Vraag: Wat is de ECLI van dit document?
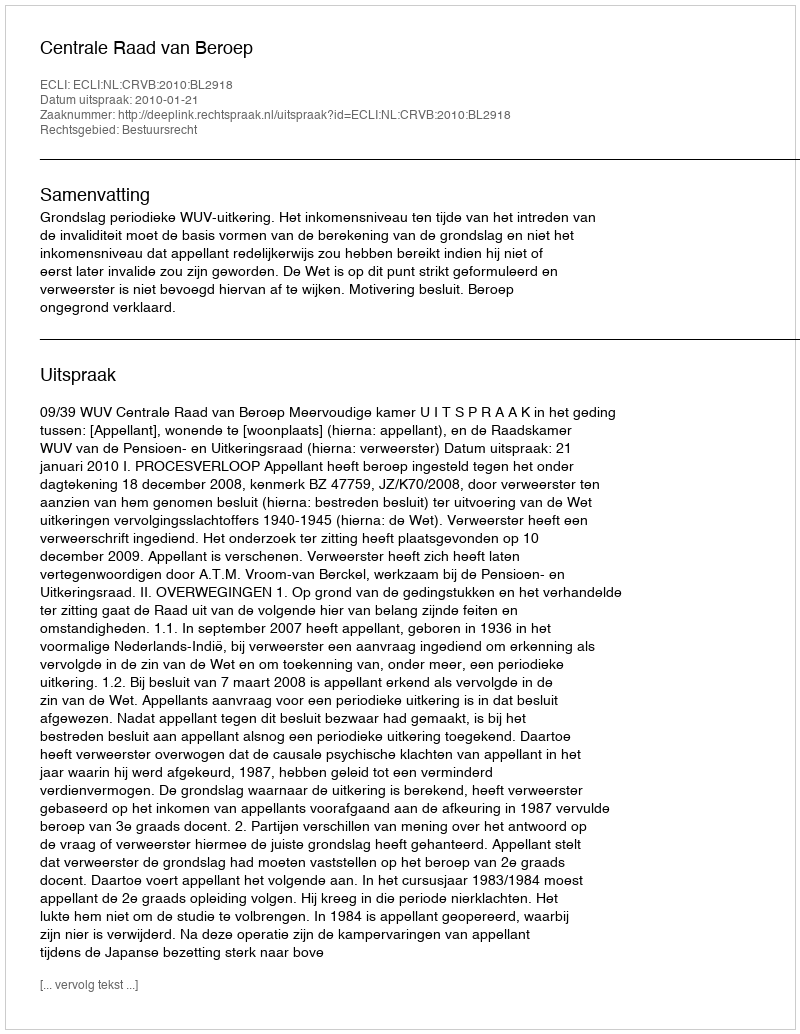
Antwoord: ECLI:NL:CRVB:2010:BL2918